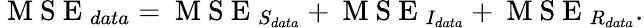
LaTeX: \mathrm{~M~S~E~}_{data}=\mathrm{~M~S~E~}_{S_{data}}+\mathrm{~M~S~E~}_{I_{data}}+\mathrm{~M~S~E~}_{R_{data}}.